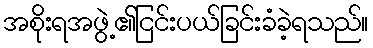
အစိုးရအဖွဲ့၏ငြင်းပယ်ခြင်းခံခဲ့ရသည်။